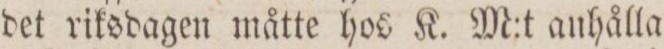
det riksdagen måtte hos K. M:t anhålla,